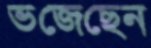
ভজেছেন